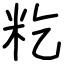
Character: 籺